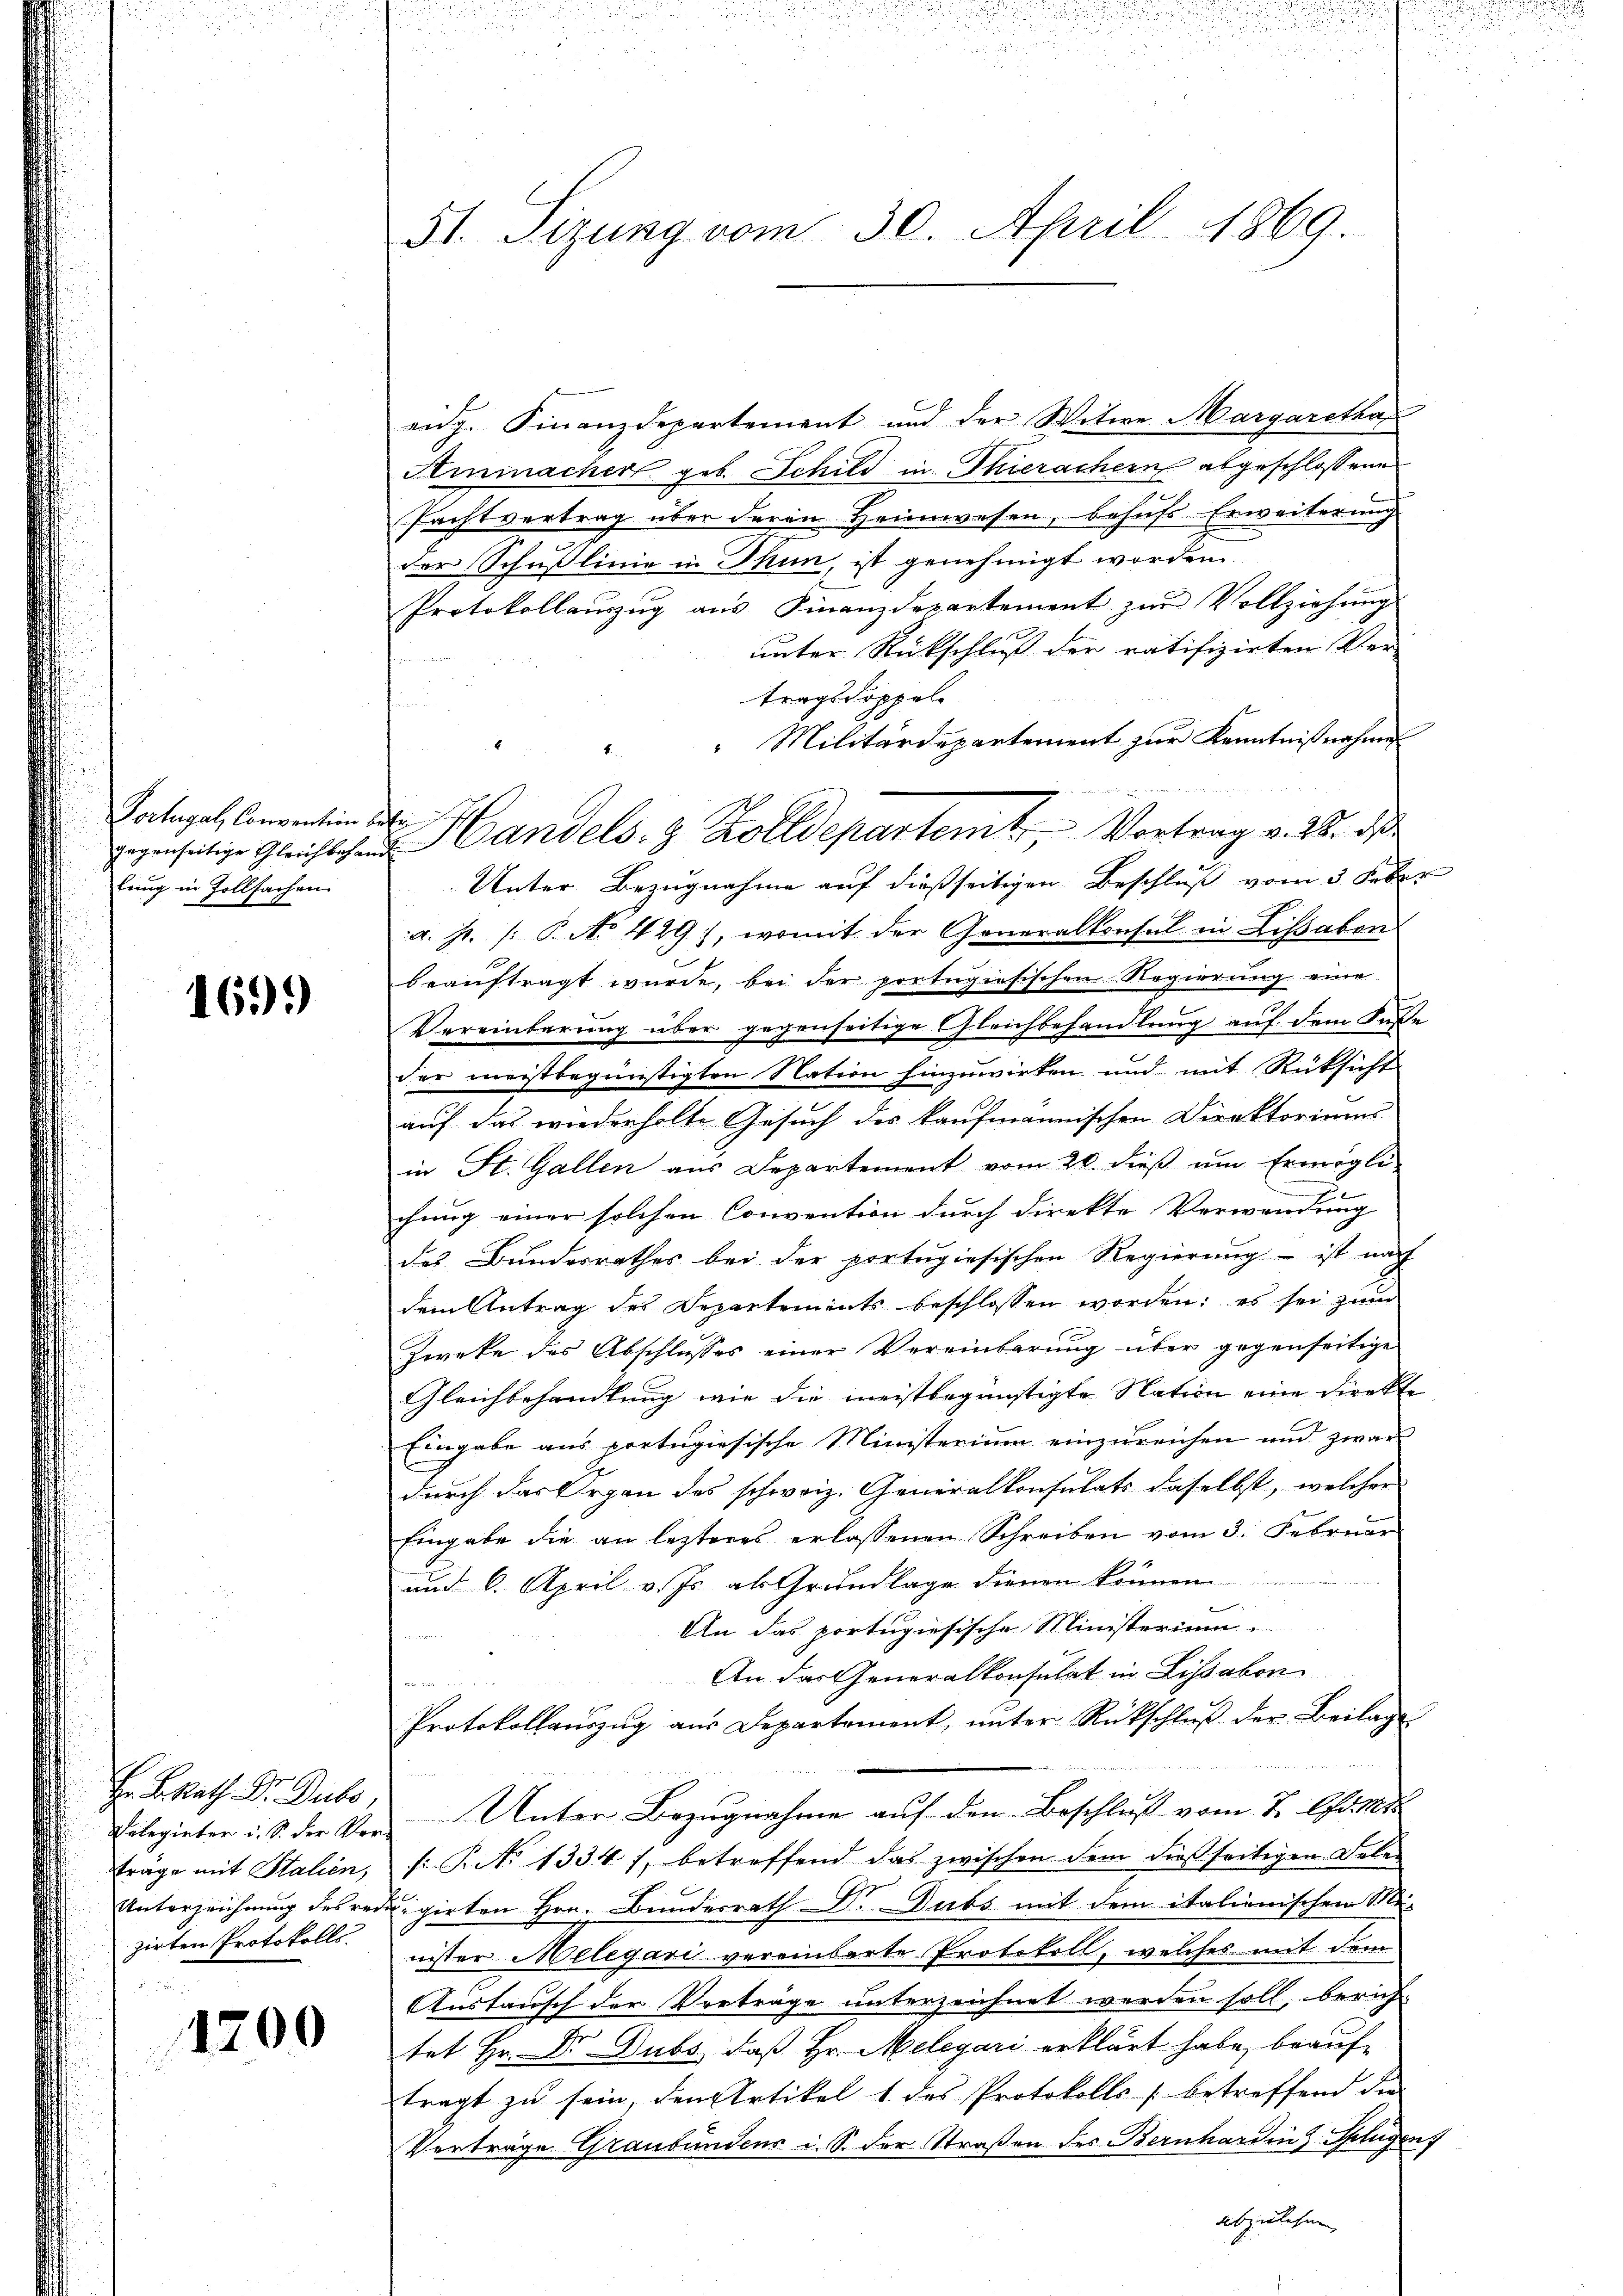
Portugal Convention betr
lung in Zollsachen

1699

Hr. B. Rath Dr. Dubs,
zirten Protokolls.

1200

51. Sizung vom 30. April 1869

eidg. Finanzdepartement und der Witwe Margaretha
Ainmacher geb. Schild in Thierachern abgeschlossene
Pachtvertrag über deren Heimwesen, behufs Erweiterung
der Schußlinie in Thun, ist genehmigt worden.
Protokollaŭszŭg aŭs Finanzdepartement zŭr Vollziehŭng
unter Rückschluß der ratifizirten Ver-
tragsdoppel
"Militärdepartement zur Kenntnißnahme
Unter Bezugnahme auf dießseitigen Beschluß vom 3. Feber
a. pr. /: P. No 429), womit der Generalkonsul in Lissabon
beauftragt wurde, bei der portugisischen Regierung eine
Vereinbarung über gegenseitige Gleichbehandlung auf dem Fase
der meistbegünstigten Nation hinzuwirken und mit Rüksicht
auf das wiederholte Gesuch des kaufmännischen Direktoriums
in St. Gallen aus Departement vom 20. dieß um Ermögli
chung einer solchen Convention durch direkte Verwendung
des Bundesrathes bei der portugiesischen Regierung ist nach
dem Antrag des Departements beschlossen worden: es sei zum
Zweke des Abschlusses einer Vereinbarung über gegenseitige
Gleichbehandlung wie die meistbegünstigte Nation eine Direkte
Eingabe aus portugiesische Ministerium einzureichen und zwar
durch das Organ des schweiz. Generalkonsulats daselbst, welcher
Eingabe die an lezteres erlassenen Schreiben vom 3. Februar
und 6. April v. Js. als Grundlage dienen können.
e
An das portugiesische Ministerium
An das Generalkonsulat in Lisabor
u
Protokollaŭszŭg aŭs Departement, ŭnter Rückschlŭβ der Beilage
Eilegieter u. S. der Vor Unter Bezŭgnahme aŭf den Beschluß vom 7. d. M.
träge mit Stalien, s. P. No 1334), betreffend das zwischen dem dießseitigen Dele-
Unterzeichnung des redigirten Hrn. Bundesrath Dr. Dubs mit dem italienischen Mi-
nister Melegari vereinbarte Protokoll, welches mit dem
Austausch der Vorträge unterzeichnet werden soll, beruf-
tet Hr. Dr. Dubs, daß Hr. Melegari erklärt habe, beauftragt zu sein, den Artikel 1 des Protokolls (betreffend die
Verträge Graubündens i. S. der Straßen des Bernharding Splügen
abzulesen,

andels- & Zolldepartemt. Vortrag v. 28. des